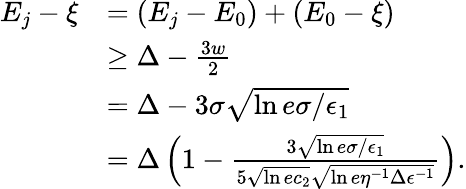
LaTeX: \begin{array}{rl}{E_{j}-\xi}&{=(E_{j}-E_{0})+(E_{0}-\xi)}\\ &{\ge\Delta-\frac{3w}{2}}\\ &{=\Delta-3\sigma\sqrt{\ln{e\sigma/\epsilon_{1}}}}\\ &{=\Delta\left(1-\frac{3\sqrt{\ln{e\sigma/\epsilon_{1}}}}{5\sqrt{\ln{ec_{2}}}\sqrt{\ln{e\eta^{-1}\Delta\epsilon^{-1}}}}\right).}\end{array}